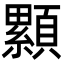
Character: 𩕃